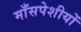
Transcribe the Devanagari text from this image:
माँसपेशीयों